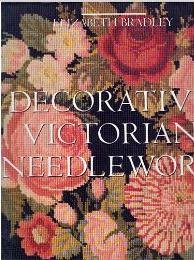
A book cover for Decorative Victorian Needlework; Elizabeth Bradley; Crafts, Hobbies & Home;